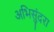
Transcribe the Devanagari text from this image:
अभिसुंदरा